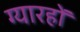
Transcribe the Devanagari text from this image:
ग्यारहों